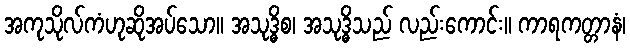
အကုသိုလ်ကံဟုဆိုအပ်သော။ အသုဒ္ဓိစ၊ အသုဒ္ဓိသည် လည်းကောင်း။ ကာရကတ္တာနံ၊